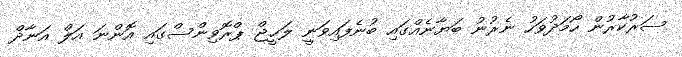
ސަރުކާރުން ހޯމަދުވަހު ނެރުނު ބަޔާނެއްގައި ބުނެފައިވަނީ ލަޙީޖް ޕްރޮވިންސްގައި އޮންނަ އަލް އަނާދް